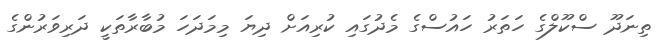
ތިނަދޫ ސްކޫލްގެ ހަތަރު ހައުސްގެ މެދުގައި ކުރިއަށް ދިޔަ މިމަދަހަ މުބާރާތަކީ ދަރިވަރުންގެ